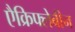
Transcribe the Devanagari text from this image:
एैक्रिफ्लेबीन